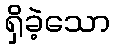
ရှိခဲ့သော